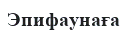
Эпифаунаға